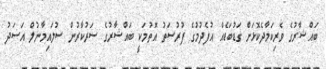
ބައްޝާރުގެ ވެރިކަމާދެކޮޅަށް ގަޑުބަޑެއް އުފެދުމުގެ ފުރުސަތު އޮތުމަކީ ބައްޝާރުގެ ސަރުކާރުން ސުލައިމާނުލް އަސަދު